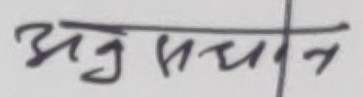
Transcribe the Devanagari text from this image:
अनुसूचीत